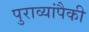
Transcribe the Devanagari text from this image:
पुराव्यांपैकी